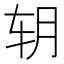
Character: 䢁